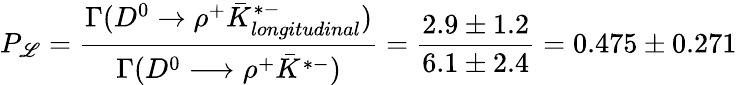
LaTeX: P_{\mathscr{L}}={\frac{{\Gamma(D^{0}\rightarrow\rho^{+}\bar{{K}}_{longitudinal}^{*-})}}{{\Gamma(D^{0}\longrightarrow\rho^{+}\bar{{K}}^{*-})}}}={\frac{{2.9\pm1.2}}{{6.1\pm2.4}}}=0.475\pm0.271